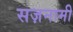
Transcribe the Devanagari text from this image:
सज़नामी